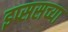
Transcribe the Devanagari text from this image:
इप्ससच्या